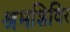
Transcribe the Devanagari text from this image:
श्रमशिविर